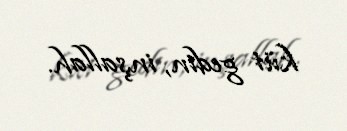
küt gedin, inşallah.